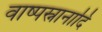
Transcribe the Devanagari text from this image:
वाष्पस्नानादि